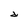
Character: d